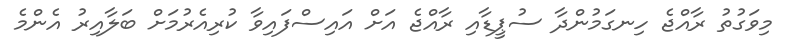
މިވަގުތު ރާއްޖެ ހިނގަމުންދާ ސުޕީޑާއި ރާއްޖެ އަށް އައިސްފައިވާ ކުރިއެރުމަށް ބަލާއިރު އެންމެ